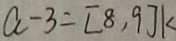
a - 3 = [ 8 , 9 ] k